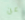
عن